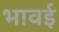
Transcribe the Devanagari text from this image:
भावई